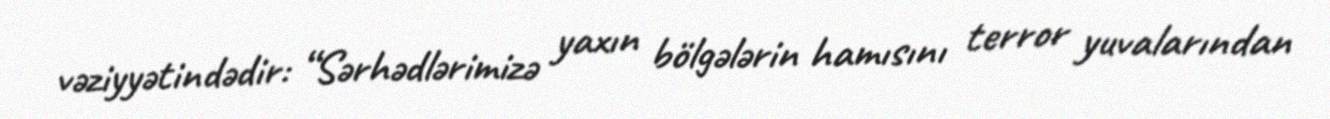
vəziyyətindədir: “Sərhədlərimizə yaxın bölgələrin hamısını terror yuvalarından